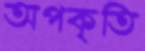
অপকৃতি